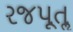
રજપૂતૢ